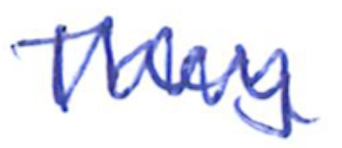
Text: They
Cross-out: zig-zag
Writing tool: ballpoint